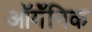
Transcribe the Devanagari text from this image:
ऑर्गॅनिक